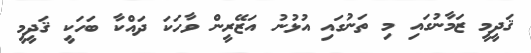
ޤަދީމީ ޒަމާނުގައި މި ތަނުގައި އުޅުނު އަޒޭރީން ވާހަކަ ދައްކާ ބަހަކީ ޤަދީމީ